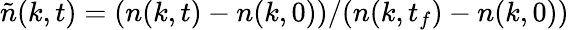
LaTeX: \tilde{n}(k,t)=(n(k,t)-n(k,0))/(n(k,t_{f})-n(k,0))